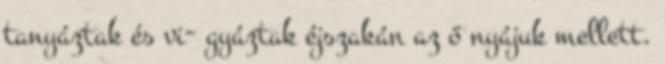
tanyáztak és vi− gyáztak éjszakán az ő nyájuk mellett.